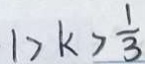
1 > k > \frac { 1 } { 3 }